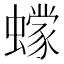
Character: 𰳞